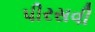
પીરસવી